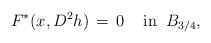
\begin{align*}F^*(x, D^2h)\,=\,0\;\;\;\;\mbox{in}\;\;B_{3/4},\end{align*}